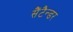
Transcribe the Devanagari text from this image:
सैंटैन्डर